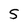
Character: 5